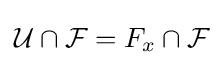
{\mathcal {U}}\cap {\mathcal {F}}=F_{x}\cap {\mathcal {F}}